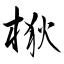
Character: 梑